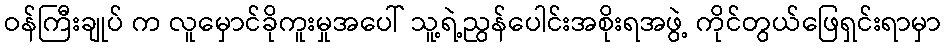
ဝန်ကြီးချုပ် က လူမှောင်ခိုကူးမှုအပေါ် သူ့ရဲ့ညွန်ပေါင်းအစိုးရအဖွဲ့ ကိုင်တွယ်ဖြေရှင်းရာမှာ